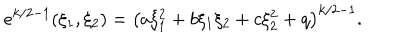
e ^ { k / 2 - 1 } ( \xi _ { 1 } , \xi _ { 2 } ) = \left( a \xi _ { 1 } ^ { 2 } + b \xi _ { 1 } \xi _ { 2 } + c \xi _ { 2 } ^ { 2 } + q \right) ^ { k / 2 - 1 } .